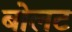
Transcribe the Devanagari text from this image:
बोलट